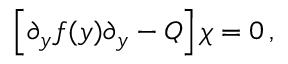
\left[ \partial _ { y } f ( y ) \partial _ { y } - { \cal Q } \right] \chi = 0 \, ,